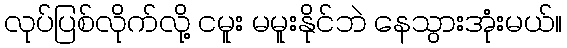
လုပ်ပြစ်လိုက်လို့ ငမူး မမူးနိုင်ဘဲ နေသွားအုံးမယ်။